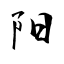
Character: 阳